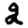
Digit: 2